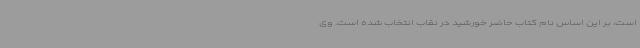
است، بر این اساس نام کتاب حاضر خورشید در نقاب انتخاب شده است. وی